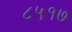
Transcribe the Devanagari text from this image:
८५१७